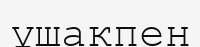
ұшакпен